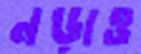
নড়াও